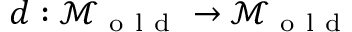
d : \mathcal { M } _ { \mathrm { ~ o ~ l ~ d ~ } } \to \mathcal { M } _ { \mathrm { ~ o ~ l ~ d ~ } }